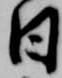
日